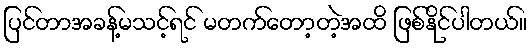
ပြင်တာအခန့်မသင့်ရင် မတက်တော့တဲ့အထိ ဖြစ်နိုင်ပါတယ်။